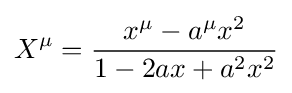
X^{\mu }={\frac {x^{\mu }-a^{\mu }x^{2}}{1-2ax+a^{2}x^{2}}}